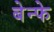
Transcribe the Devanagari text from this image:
बेन्फे